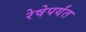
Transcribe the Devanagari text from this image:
रेषेपर्यंत